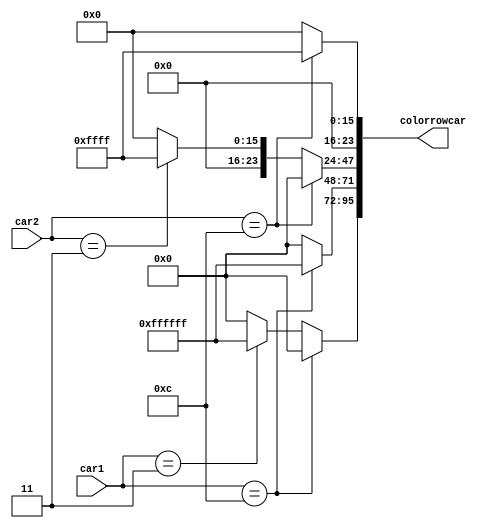
/*
   This file was generated automatically by the Mojo IDE version B1.3.6.
   Do not edit this file directly. Instead edit the original Lucid source.
   This is a temporary file and any changes made to it will be destroyed.
*/

module ledrowcars_30 (
    input [3:0] car1,
    input [3:0] car2,
    output reg [95:0] colorrowcar
  );
  
  
  
  reg [23:0] color_cell0;
  
  reg [23:0] color_cell1;
  
  reg [23:0] color_cell2;
  
  reg [23:0] color_cell3;
  
  always @* begin
    color_cell0 = 24'h000000;
    color_cell1 = 24'h000000;
    color_cell2 = 24'h000000;
    color_cell3 = 24'h000000;
    if (car1 == 4'h3) begin
      color_cell0 = 24'hffffff;
      color_cell1 = 24'h000000;
    end
    if (car1 == 4'hc) begin
      color_cell0 = 24'h000000;
      color_cell1 = 24'hffffff;
    end
    if (car2 == 4'h3) begin
      color_cell2 = 24'h00ffff;
      color_cell3 = 24'h000000;
    end
    if (car2 == 4'hc) begin
      color_cell2 = 24'h000000;
      color_cell3 = 24'h00ffff;
    end
    colorrowcar = {color_cell0, color_cell1, color_cell2, color_cell3};
  end
endmodule